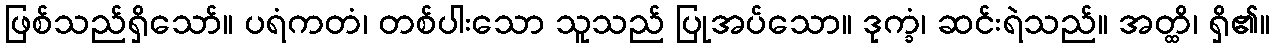
ဖြစ်သည်ရှိသော်။ ပရံကတံ၊ တစ်ပါးသော သူသည် ပြုအပ်သော။ ဒုက္ခံ၊ ဆင်းရဲသည်။ အတ္ထိ၊ ရှိ၏။